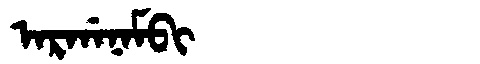
Manchu: ᠠᡵᡤᠠᠨᠠᠮᠪᡳ
Romanization: ARGANAMBI